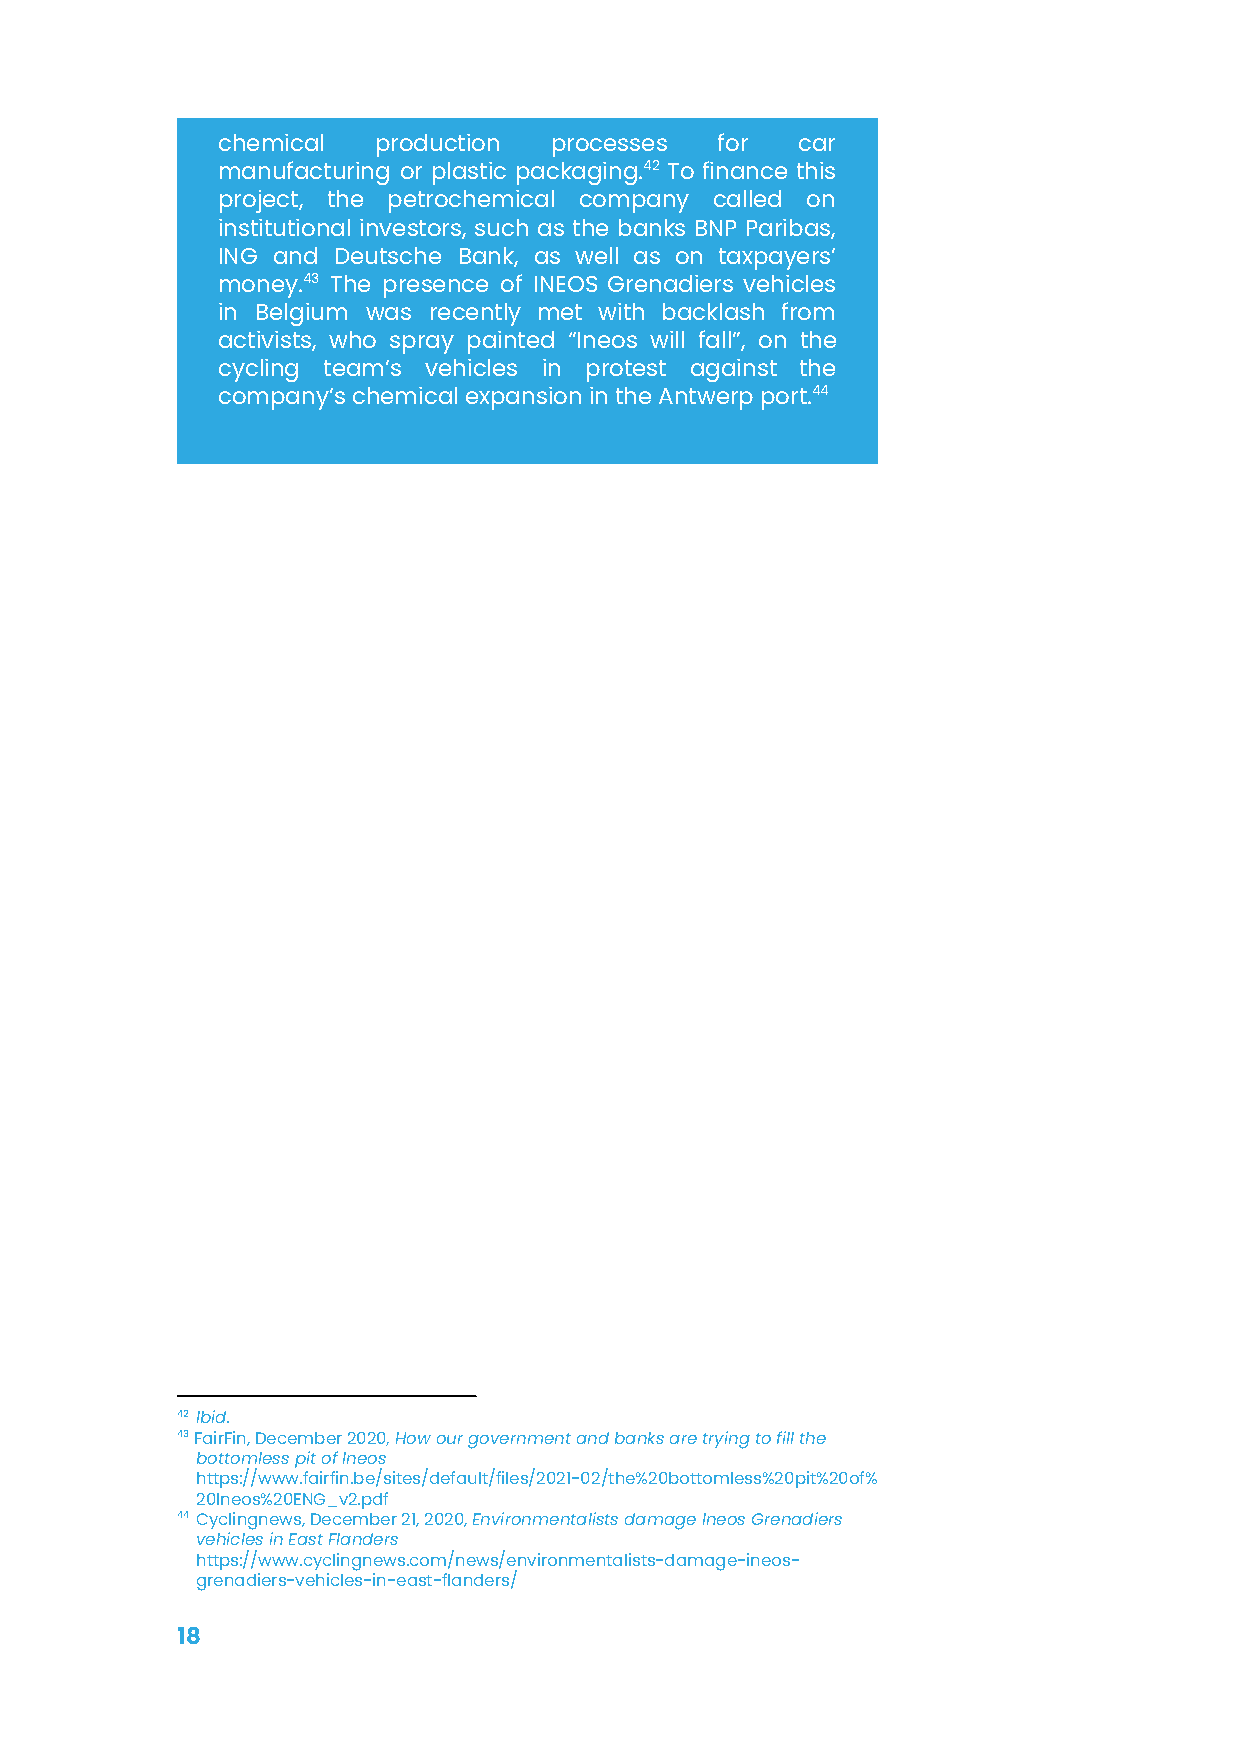
chemical   production processes  for   car
 manufacturing or plastic packaging.42 To finance this
 project, the petrochemical company called on
 institutional investors, such as the banks BNP Paribas,
 ING and Deutsche Bank, as well as on taxpayers’
 money.43 The presence of INEOS Grenadiers vehicles
 in Belgium was recently met with backlash from
 activists, who spray painted “Ineos will fall”, on the
 cycling team’s vehicles in protest against the
 company’s chemical expansion in the Antwerp port.44
 42 Ibid.
 43FairFin, December 2020, How our government and banksare trying to fill the
 bottomless pit of Ineos
 https://www.fairfin.be/sites/default/files/2021-02/the%20bottomless%20pit%20of%
 20Ineos%20ENG_v2.pdf
 44Cyclingnews, December 21, 2020,Environmentalistsdamage Ineos Grenadiers
 vehicles in East Flanders
 https://www.cyclingnews.com/news/environmentalists-damage-ineos-
 grenadiers-vehicles-in-east-flanders/
 18